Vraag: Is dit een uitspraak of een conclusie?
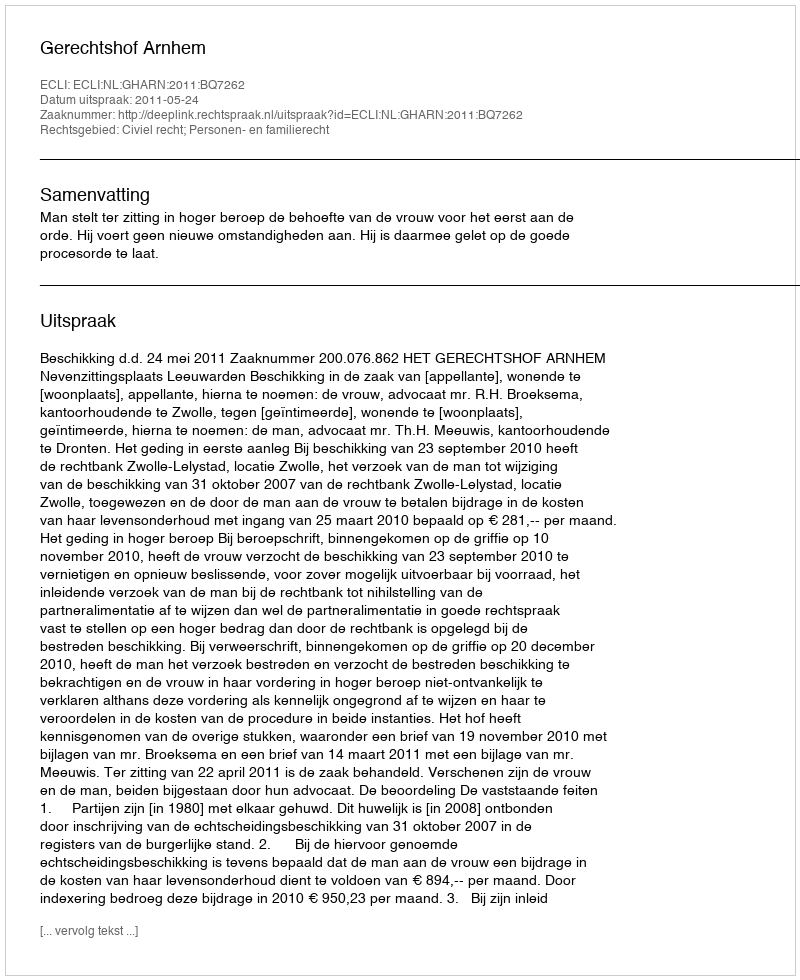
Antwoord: Uitspraak